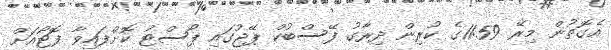
އެގޮތުން މިރޭ 11:59ގެ ކުރިން ދިރާގު ފޭސްބުކް ޕޭޖުގައި ޕޯސްޓު ކޮށްފައިވާ ފޮޓޯއަށް